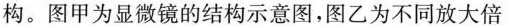
构。图甲为显微镜的结构示意图，图乙为不同放大倍